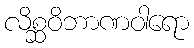
လိစ္ဆဝိဘာဏဝါရော